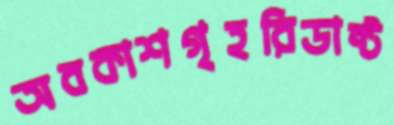
অবকাশগৃহরিডাক্ট